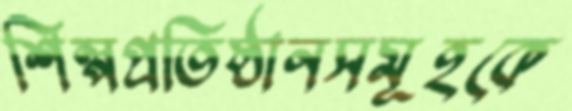
শিল্পপ্রতিষ্ঠানসমূহকে